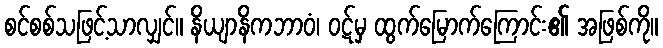
စင်စစ်သဖြင့်သာလျှင်။ နိယျာနိကဘာဝံ၊ ဝဋ်မှ ထွက်မြောက်ကြောင်း၏ အဖြစ်ကို။